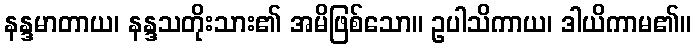
နန္ဒမာတာယ၊ နန္ဒသတိုးသား၏ အမိဖြစ်သော။ ဥပါသိကာယ၊ ဒါယိကာမ၏။